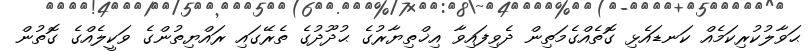
ޙަވާލުކުރިކަމެއް ކަނޑައެޅި ގޮތެއްގެމަތިން ދެވިފައިވާ އިޚްތިޔާރުގެ ޙުދޫދުގެ ތެރޭގައި ރައްޔިތުންގެ ވަކީލެއްގެ ގޮތުން